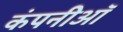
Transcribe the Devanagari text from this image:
कंपनीऑ